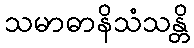
သမာဓာနိသံသန္တိ